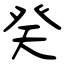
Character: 癸